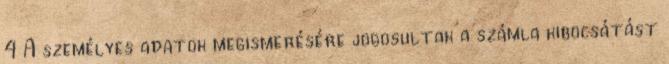
4 A személyes adatok megismerésére jogosultak a számla kibocsátást